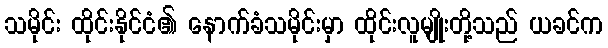
သမိုင်း ထိုင်းနိုင်ငံ၏ နောက်ခံသမိုင်းမှာ ထိုင်းလူမျိုးတို့သည် ယခင်က